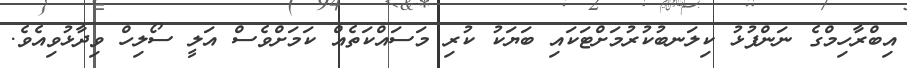
އިބްރާހިމްގެ ނަންފުޅު ކިލަނބުކުރުމަށްޓަކައި ބަޔަކު ކުރި މަސައްކަތެއް ކަމަށްވެސް އަލީ ސޯލިހް ވިދާޅުވިއެވެ.